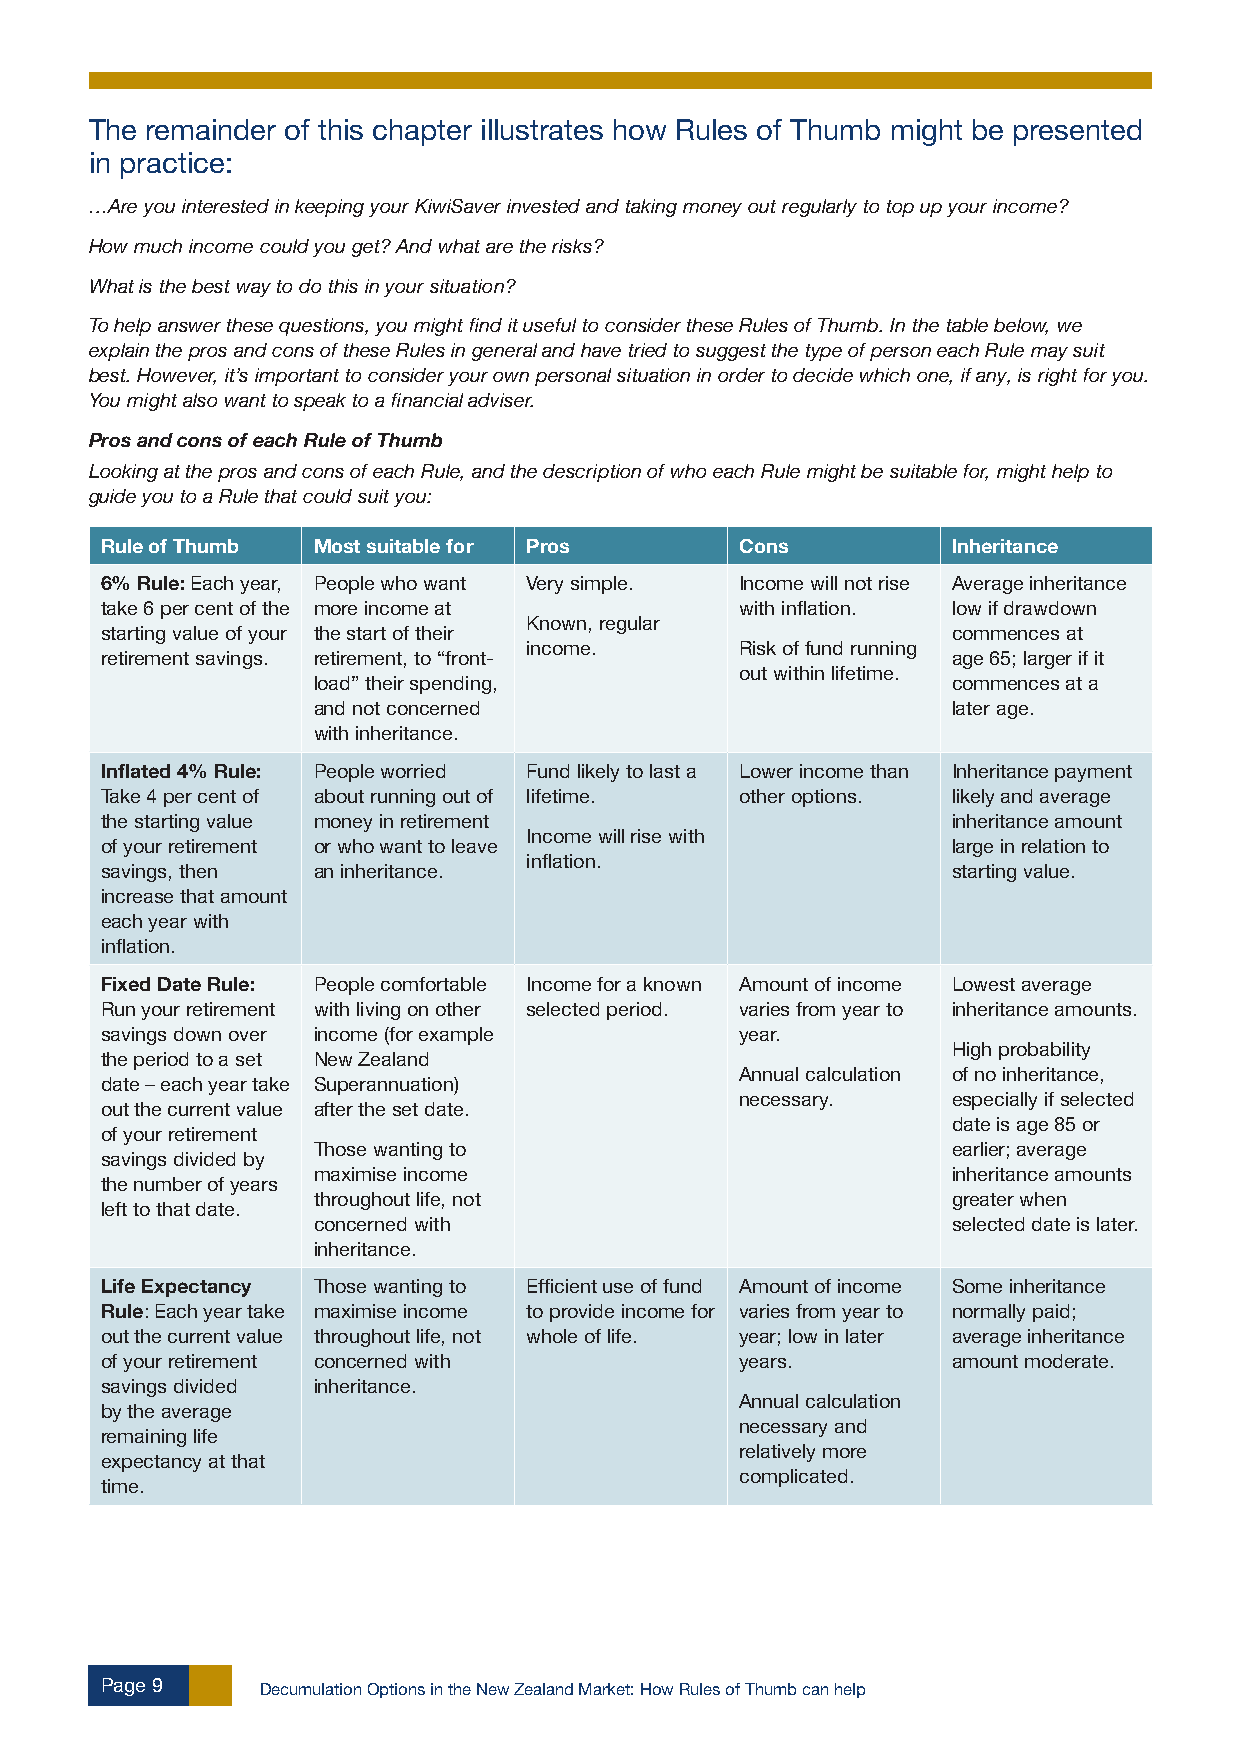
The remainder of this chapter illustrates how Rules of Thumb might be presented
 in practice:
 …Are you interested in keeping your KiwiSaver invested and taking money out regularly to top up your income?
 How much income could you get? And what are the risks?
 What is the best way to do this in your situation?
 To help answer these questions, you might find it useful to consider these Rules of Thumb. In the table below, we
 explain the pros and cons of these Rules in general and have tried to suggest the type of person each Rule may suit
 best. However, it’s important to consider your own personal situation in order to decide which one, if any, is right for you.
 You might also want to speak to a financial adviser.
 Pros and cons of each Rule of Thumb
 Looking at the pros and cons of each Rule, and the description of who each Rule might be suitable for, might help to
 guide you to a Rule that could suit you:
 Rule of Thumb Most suitable for Pros      Cons          Inheritance
 6% Rule: Each year, People who want Very simple. Income will not rise Average inheritance
 take 6 per cent of the more income at     with inflation. low if drawdown
 Known, regular
 starting value of your the start of their               commences at
 income.       Risk of fund running
 retirement savings. retirement, to “front-              age 65; larger if it
 out within lifetime.
 load” their spending,                     commences at a
 and not concerned                         later age.
 with inheritance.
 Inflated 4% Rule: People worried Fund likely to last a Lower income than Inheritance payment
 Take 4 per cent of about running out of lifetime. other options. likely and average
 the starting value money in retirement                  inheritance amount
 Income will rise with
 of your retirement or who want to leave                 large in relation to
 inflation.
 savings, then an inheritance.                           starting value.
 increase that amount
 each year with
 inflation.
 Fixed Date Rule: People comfortable Income for a known Amount of income Lowest average
 Run your retirement with living on other selected period. varies from year to inheritance amounts.
 savings down over income (for example     year.
 High probability
 the period to a set New Zealand
 Annual calculation of no inheritance,
 date – each year take Superannuation)
 necessary.    especially if selected
 out the current value after the set date.
 date is age 85 or
 of your retirement
 Those wanting to                          earlier; average
 savings divided by
 maximise income                           inheritance amounts
 the number of years
 throughout life, not                      greater when
 left to that date.
 concerned with                            selected date is later.
 inheritance.
 Life Expectancy Those wanting to Efficient use of fund Amount of income Some inheritance
 Rule: Each year take maximise income to provide income for varies from year to normally paid;
 out the current value throughout life, not whole of life. year; low in later average inheritance
 of your retirement concerned with         years.        amount moderate.
 savings divided inheritance.
 Annual calculation
 by the average
 necessary and
 remaining life
 relatively more
 expectancy at that
 complicated.
 time.
 Page 9    Decumulation Options in the New Zealand Market: How Rules of Thumb can help